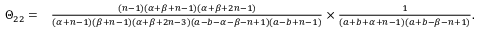
\begin{array} { r l } { \Theta _ { 2 2 } = } & { \frac { \left( n - 1 \right) \left( \alpha + \beta + n - 1 \right) \left( \alpha + \beta + 2 n - 1 \right) } { \left( \alpha { + } n { - } 1 \right) \left( \beta { + } n { - } 1 \right) \left( \alpha { + } \beta { + } 2 n { - } 3 \right) \left( a { - } b { - } \alpha { - } \beta { - } n { + } 1 \right) \left( a { - } b { + } n { - } 1 \right) } \times \frac { 1 } { \left( a { + } b { + } \alpha { + } n { - } 1 \right) \left( a { + } b { - } \beta { - } n { + } 1 \right) } . } \end{array}